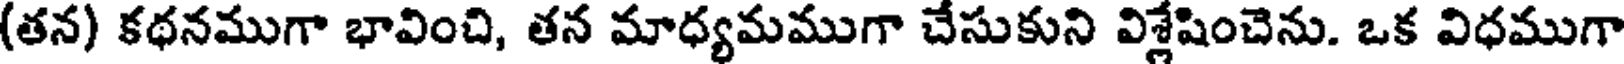
(తన) కథనముగా భావించి, తన మాధ్యమముగా చేసుకుని విశ్లేషించెను. ఒక విధముగా